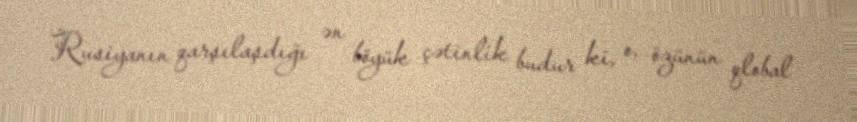
Rusiyanın qarşılaşdığı ən böyük çətinlik budur ki, o, özünün qlobal